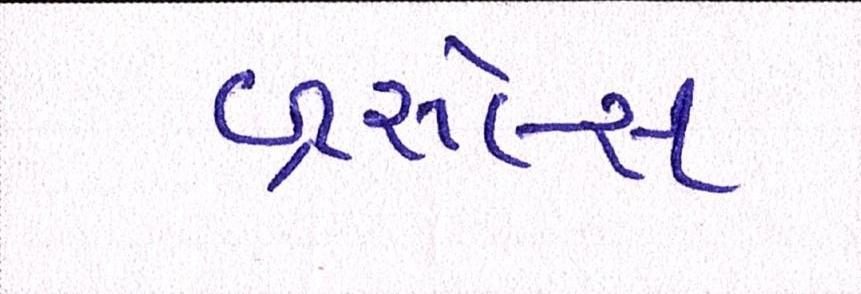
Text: બ્રસેલ્સ